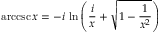
\operatorname { a r c c s c } x = - i \, \ln \left( { \frac { i } { x } } + { \sqrt { 1 - { \frac { 1 } { x ^ { 2 } } } } } \right)